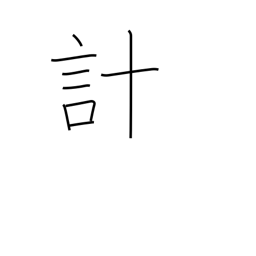
Meaning: scheme